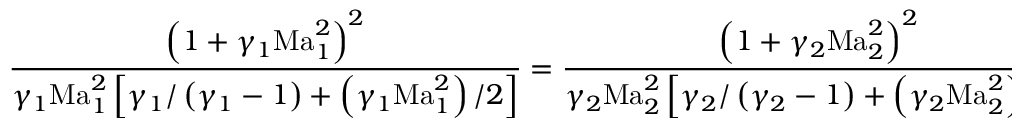
\frac { \left( 1 + \gamma _ { 1 } \mathrm { M a } _ { 1 } ^ { 2 } \right) ^ { 2 } } { \gamma _ { 1 } \mathrm { M a } _ { 1 } ^ { 2 } \left[ \gamma _ { 1 } / \left( \gamma _ { 1 } - 1 \right) + \left( \gamma _ { 1 } \mathrm { M a } _ { 1 } ^ { 2 } \right) / 2 \right] } = \frac { \left( 1 + \gamma _ { 2 } \mathrm { M a } _ { 2 } ^ { 2 } \right) ^ { 2 } } { \gamma _ { 2 } \mathrm { M a } _ { 2 } ^ { 2 } \left[ \gamma _ { 2 } / \left( \gamma _ { 2 } - 1 \right) + \left( \gamma _ { 2 } \mathrm { M a } _ { 2 } ^ { 2 } \right) / 2 \right] } ,